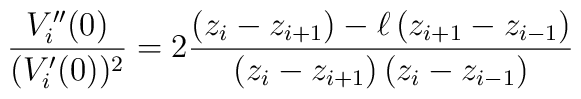
\frac{V_{i}^{\prime \prime }(0)}{(V_{i}^{\prime }(0))^{2}}=2\frac{\left(z_{i}-z_{i+1}\right) -\ell \left( z_{i+1}-z_{i-1}\right) }{\left(z_{i}-z_{i+1}\right) \left( z_{i}-z_{i-1}\right) }